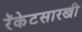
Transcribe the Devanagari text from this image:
रॅकेटसारखी